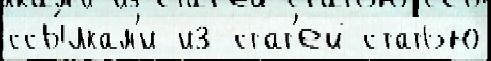
ссы́лкам'и из стат'ей статью